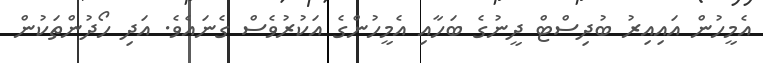
އެމީހުން އައިއިރު ބުދިސްޓް ދީނުގެ ބަހާއި އެމީހުންގެ އަކުރުވެސް ގެނައެވެ. އަދި ހޯދުންތަކުން